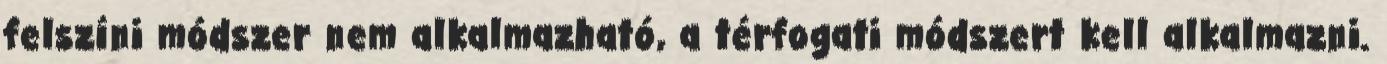
felszíni módszer nem alkalmazható, a térfogati módszert kell alkalmazni.